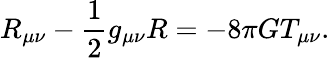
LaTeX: R_{\mu\nu}-\frac{1}{2}g_{\mu\nu}R=-8\pi GT_{\mu\nu}.